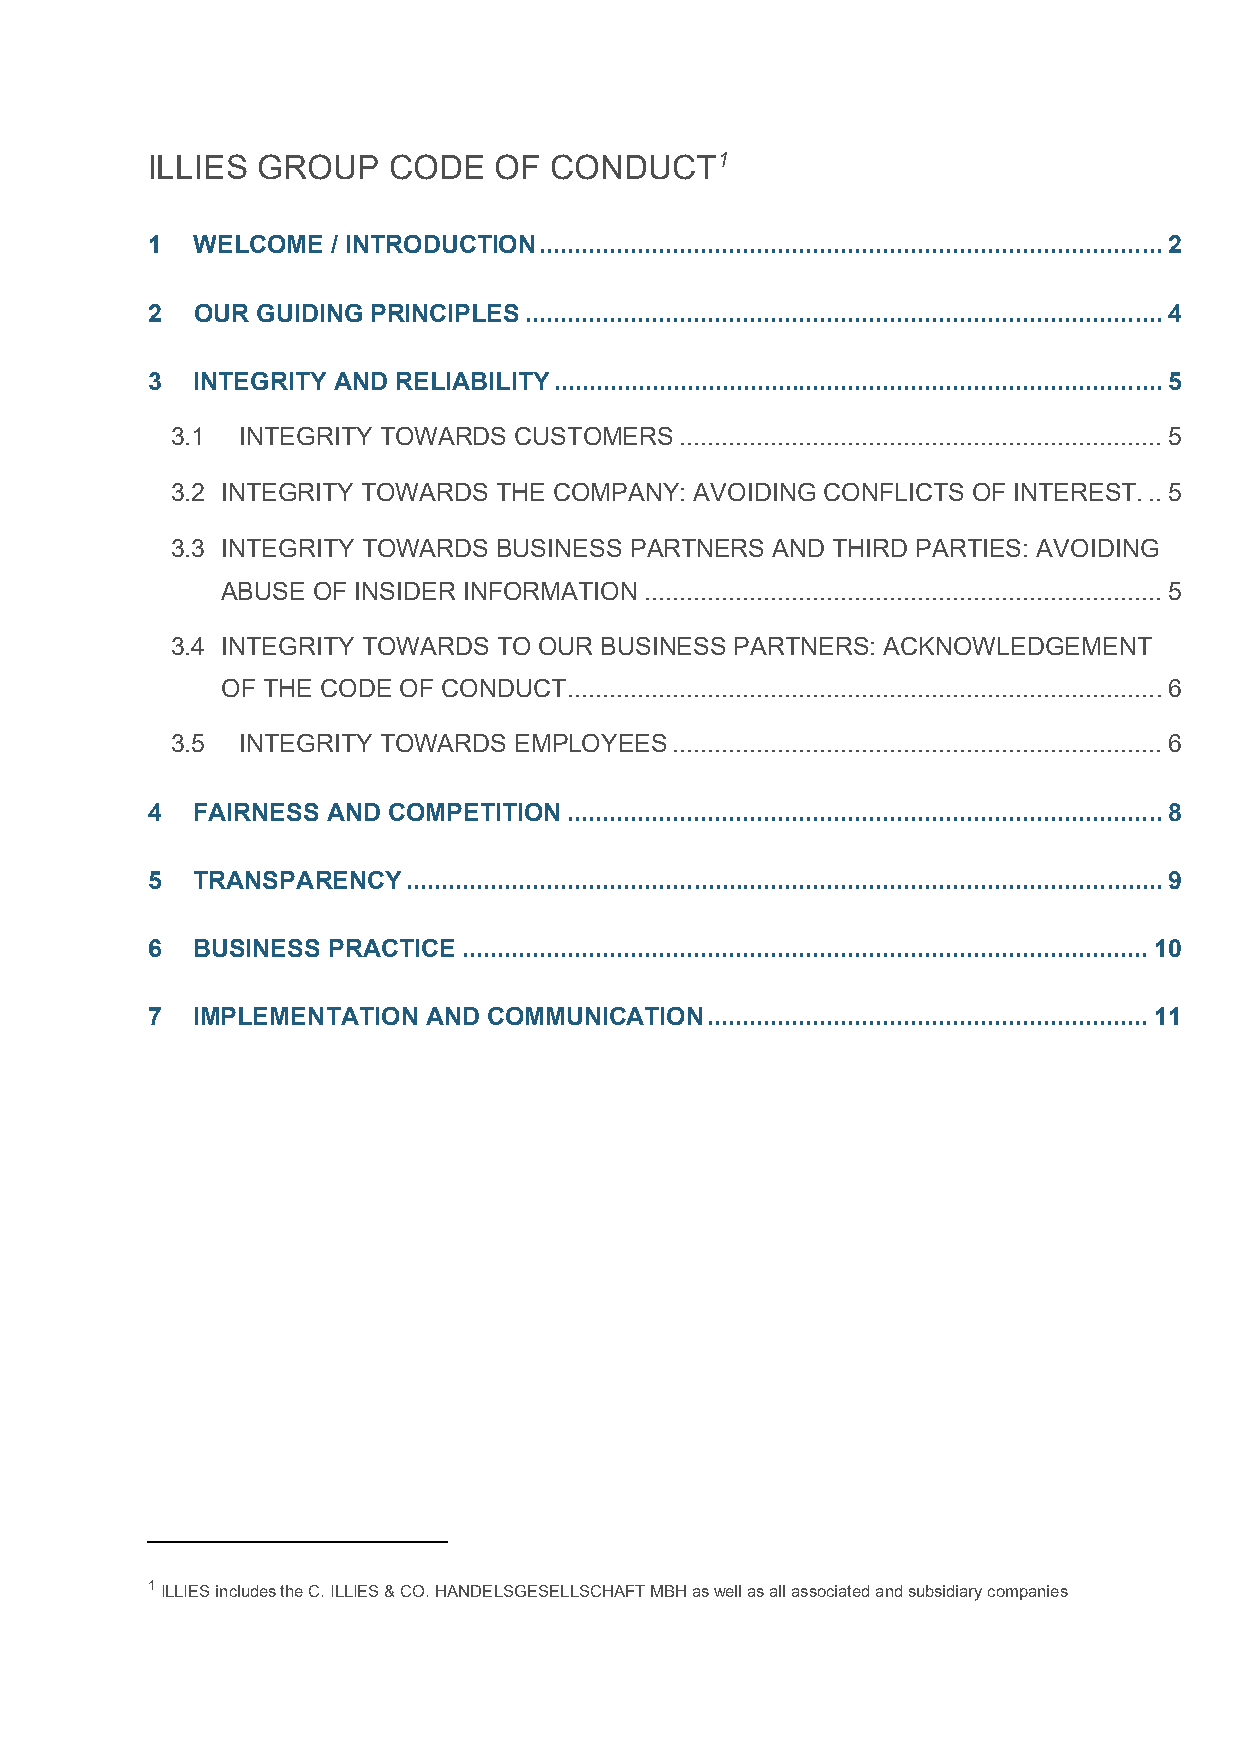
ILLIES GROUP    CODE   OF CONDUCT1
 1  WELCOME  / INTRODUCTION ......................................................................................... 2
 2  OUR GUIDING PRINCIPLES ........................................................................................... 4
 3  INTEGRITY AND RELIABILITY ....................................................................................... 5
 3.1  INTEGRITY TOWARDS CUSTOMERS  ..................................................................... 5
 3.2 INTEGRITY TOWARDS THE COMPANY: AVOIDING CONFLICTS OF INTEREST. .. 5
 3.3 INTEGRITY TOWARDS BUSINESS PARTNERS AND THIRD PARTIES: AVOIDING
 ABUSE OF INSIDER INFORMATION .......................................................................... 5
 3.4 INTEGRITY TOWARDS TO OUR BUSINESS PARTNERS: ACKNOWLEDGEMENT
 OF THE CODE OF CONDUCT ..................................................................................... 6
 3.5  INTEGRITY TOWARDS EMPLOYEES  ...................................................................... 6
 4  FAIRNESS AND COMPETITION ..................................................................................... 8
 5  TRANSPARENCY  ............................................................................................................ 9
 6  BUSINESS PRACTICE .................................................................................................. 10
 7  IMPLEMENTATION AND COMMUNICATION  ............................................................... 11
 1 ILLIES includes the C. ILLIES & CO. HANDELSGESELLSCHAFT MBH as well as all associated and subsidiary companies